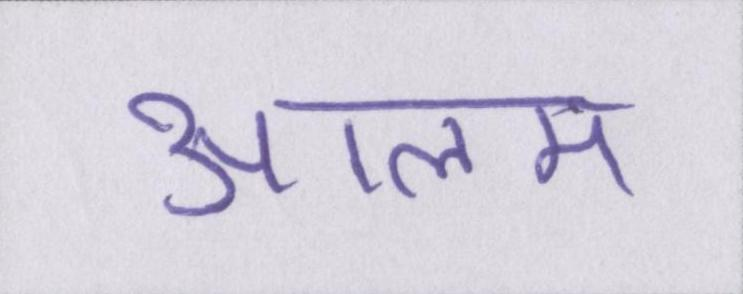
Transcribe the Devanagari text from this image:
आलम